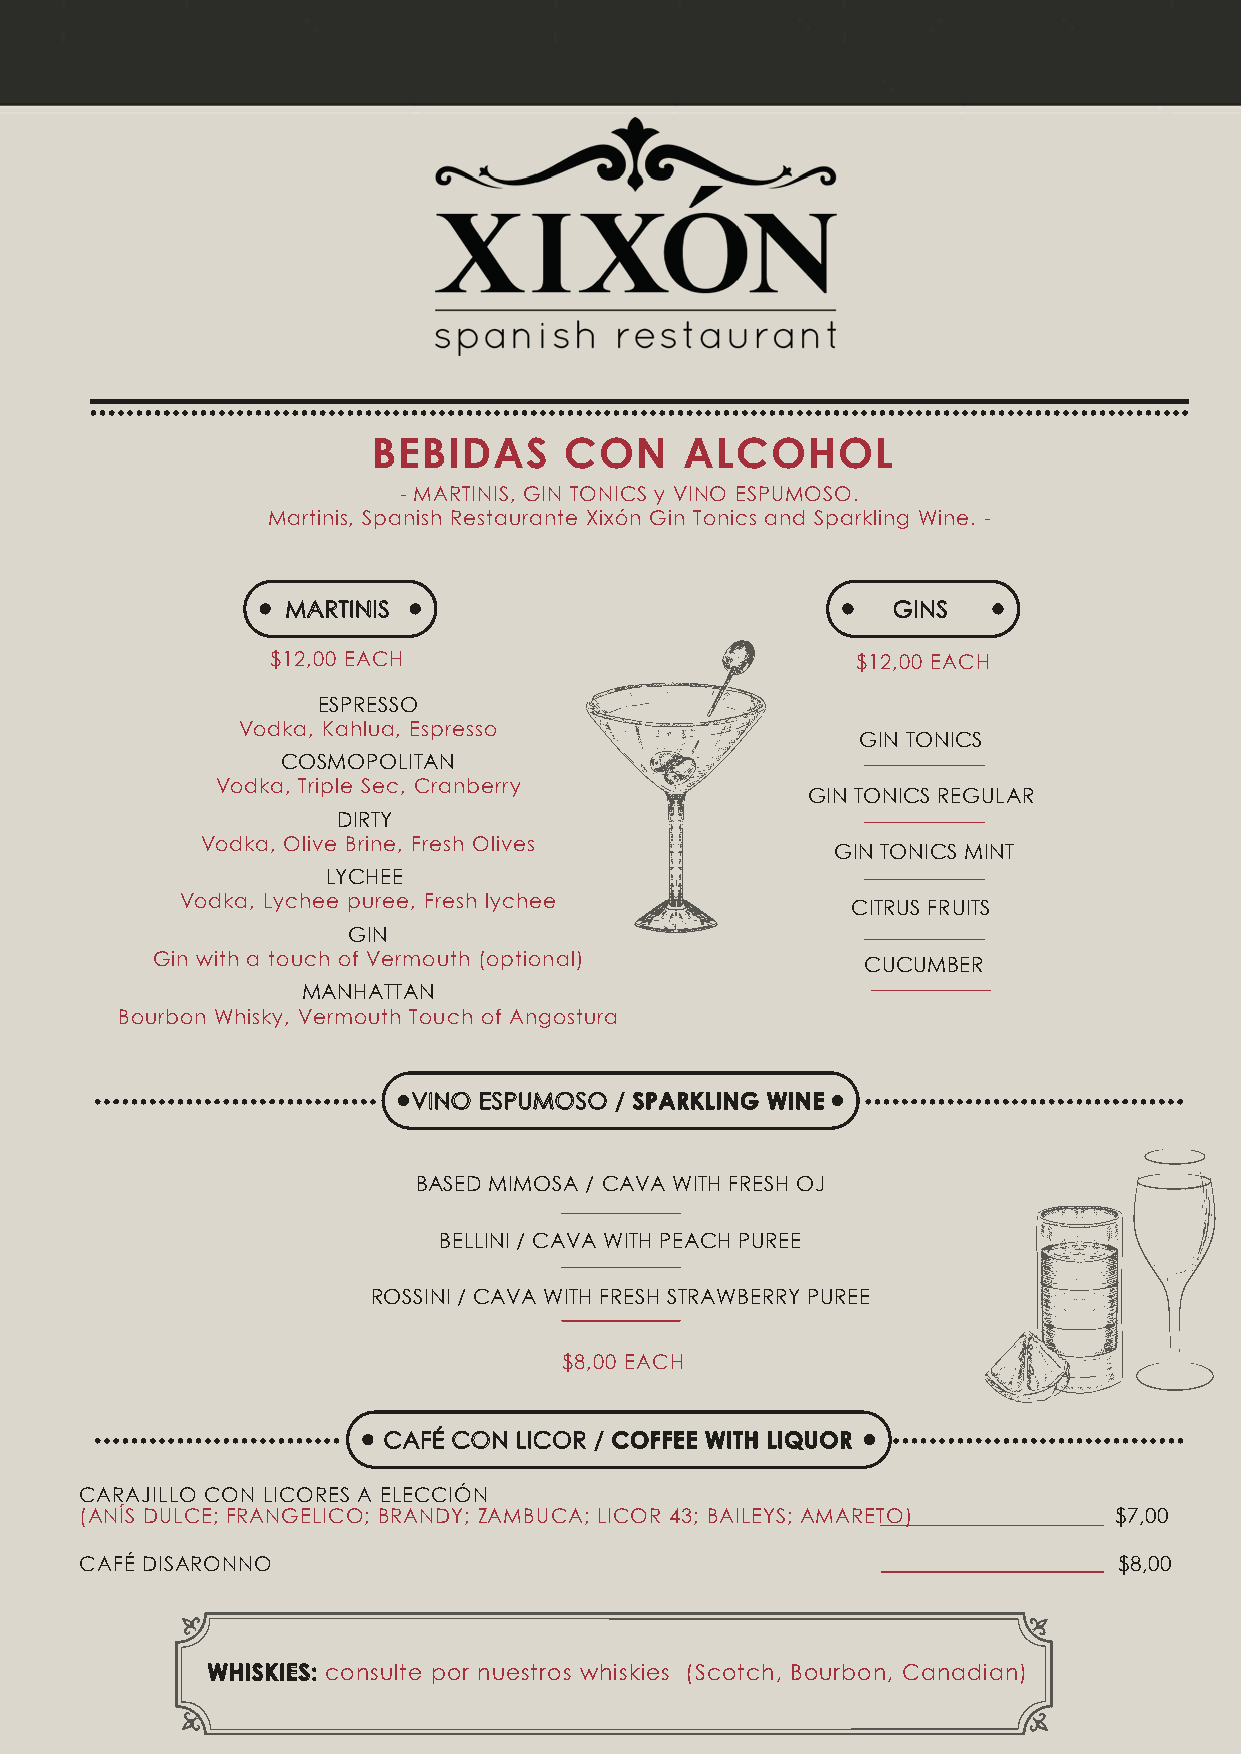
BEBIDAS     CON     ALCOHOL
 - MARTINIS, GIN TONICS y VINO ESPUMOSO.
 Martinis, Spanish Restaurante Xixón Gin Tonics and Sparkling Wine. -
 MARTINIS                                GINS
 $12,00 EACH                            $12,00 EACH
 ESPRESSO
 Vodka, Kahlua, Espresso
 GIN TONICS
 COSMOPOLITAN
 Vodka, Triple Sec, Cranberry
 GIN TONICS REGULAR
 DIRTY
 Vodka, Olive Brine, Fresh Olives
 GIN TONICS MINT
 LYCHEE
 Vodka, Lychee puree, Fresh lychee
 CITRUS FRUITS
 GIN
 Gin with a touch of Vermouth (optional)        CUCUMBER
 MANHATTAN
 Bourbon Whisky, Vermouth Touch of Angostura
 VINO ESPUMOSO / SPARKLING WINE
 BASED MIMOSA / CAVA WITH FRESH OJ
 BELLINI / CAVA WITH PEACH PUREE
 ROSSINI / CAVA WITH FRESH STRAWBERRY PUREE
 $8,00 EACH
 CAFÉ CON LICOR / COFFEE WITH LIQUOR
 CARAJILLO CON LICORES A ELECCIÓN
 (ANÍS DULCE; FRANGELICO; BRANDY; ZAMBUCA; LICOR 43; BAILEYS; AMARETO) $7,00
 CAFÉ DISARONNO                                                       $8,00
 WHISKIES: consulte por nuestros whiskies (Scotch, Bourbon, Canadian)